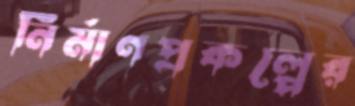
নির্মাণপ্রকল্পের